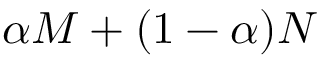
\alpha M + ( 1 - \alpha ) N